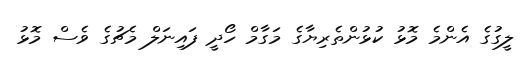
ލީގުގެ އެންމެ މޮޅު ކުޅުންތެރިޔާގެ މަގާމް ހޯދީ ފައިނަލް މެޗުގެ ވެސް މޮޅު